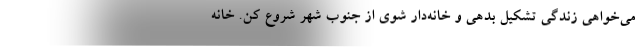
می‌خواهی زندگی تشکیل بدهی و خانه‌دار شوی از جنوب شهر شروع کن. خانه